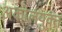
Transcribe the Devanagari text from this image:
अंकोलयुक्त